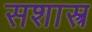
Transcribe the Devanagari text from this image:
सशास्त्र